Indian journal of veterinary science and animal husbandry - Volumes 18-21, 1948-1951
Year: 1948
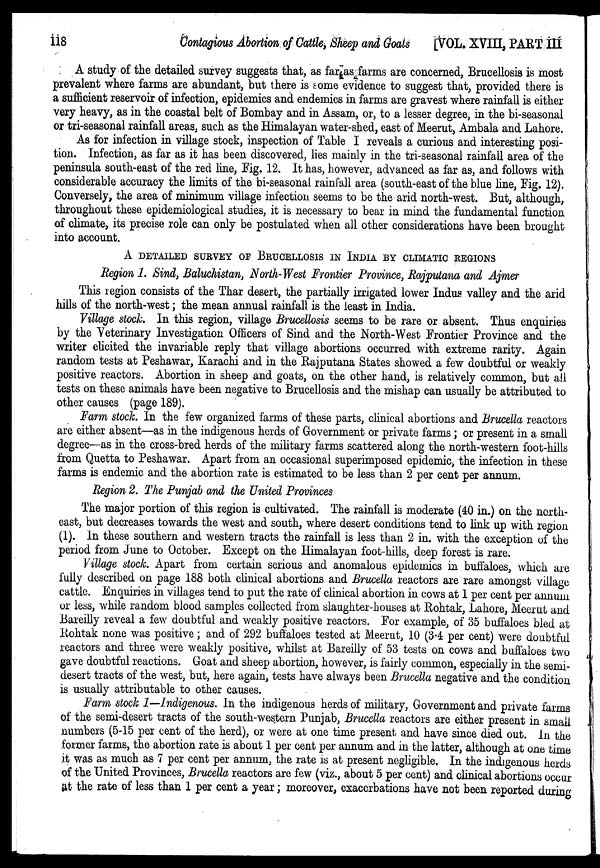
118
Contagious Abortion of Cattle, Sheep and Goats [VOL. XVIII, PART III
A study of the detailed survey suggests that, as far as farms are concerned, Brucellosis is most
prevalent where farms are abundant, but there is some evidence to suggest that, provided there is
a sufficient reservoir of infection, epidemics and endemics in farms are gravest where rainfall is either
very heavy, as in the coastal belt of Bombay and in Assam, or, to a lesser degree, in the bi-seasonal
or tri-seasonal rainfall areas, such as the Himalayan water-shed, east of Meerut, Ambala and Lahore.
As for infection in village stock, inspection of Table I reveals a curious and interesting posi-
tion. Infection, as far as it has been discovered, lies mainly in the tri-seasonal rainfall area of the
peninsula south-east of the red line, Fig. 12. It has, however, advanced as far as, and follows with
considerable accuracy the limits of the bi-seasonal rainfall area (south-east of the blue line, Fig. 12).
Conversely, the area of minimum village infection seems to be the arid north-west. But, although,
throughout these epidemiological studies, it is necessary to bear in mind the fundamental function
of climate, its precise role can only be postulated when all other considerations have been brought
into account.
A DETAILED SURVEY OF BRUCELLOSIS IN INDIA BY CLIMATIC REGIONS
Region 1. Sind, Baluchistan, North-West Frontier Province, Rajputana and Ajmer
This region consists of the Thar desert, the partially irrigated lower Indus valley and the arid
hills of the north-west; the mean annual rainfall is the least in India.
Village stock. In this region, village Brucellosis seems to be rare or absent. Thus enquiries
by the Veterinary Investigation Officers of Sind and the North-West Frontier Province and the
writer elicited the invariable reply that village abortions occurred with extreme rarity. Again
random tests at Peshawar, Karachi and in the Rajputana States showed a few doubtful or weakly
positive reactors. Abortion in sheep and goats, on the other hand, is relatively common, but all
tests on these animals have been negative to Brucellosis and the mishap can usually be attributed to
other causes (page 189).
Farm stock. In the few organized farms of these parts, clinical abortions and Brucella reactors
are either absent—as in the indigenous herds of Government or private farms; or present in a small
degree—as in the cross-bred herds of the military farms scattered along the north-western foot-hills
from Quetta to Peshawar. Apart from an occasional superimposed epidemic, the infection in these
farms is endemic and the abortion rate is estimated to be less than 2 per cent per annum.
Region 2. The Punjab and the United Provinces
The major portion of this region is cultivated. The rainfall is moderate (40 in.) on the north-
east, but decreases towards the west and south, where desert conditions tend to link up with region
(1). In these southern and western tracts the rainfall is less than 2 in. with the exception of the
period from June to October. Except on the Himalayan foot-hills, deep forest is rare.
Village stock. Apart from certain serious and anomalous epidemics in buffaloes, which are
fully described on page 188 both clinical abortions and Brucella reactors are rare amongst village
cattle. Enquiries in villages tend to put the rate of clinical abortion in cows at 1 per cent per annum
or less, while random blood samples collected from slaughter-houses at Rohtak, Lahore, Meerut and
Bareilly reveal a few doubtful and weakly positive reactors. For example, of 35 buffaloes bled at
Rohtak none was positive; and of 292 buffaloes tested at Meerut, 10 (3.4 per cent) were doubtful
reactors and three were weakly positive, whilst at Bareilly of 53 tests on cows and buffaloes two
gave doubtful reactions. Goat and sheep abortion, however, is fairly common, especially in the semi-
desert tracts of the west, but, here again, tests have always been Brucella negative and the condition
is usually attributable to other causes.
Farm stock 1—Indigenous. In the indigenous herds of military, Government and private farms
of the semi-desert tracts of the south-western Punjab, Brucella reactors are either present in small
numbers (5-15 per cent of the herd), or were at one time present and have since died out. In the
former farms, the abortion rate is about 1 per cent per annum and in the latter, although at one time
it was as much as 7 per cent per annum, the rate is at present negligible. In the indigenous herds
of the United Provinces, Brucella reactors are few (viz., about 5 per cent) and clinical abortions occur
at the rate of less than 1 per cent a year; moreover, exacerbations have not been reported during